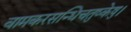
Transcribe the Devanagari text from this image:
वामकरसन्धिचतुष्केषु।